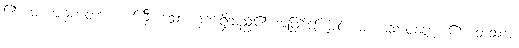
၏။ မဟာဂုဏတာယ၊ ကြီး သော ဂုဏ်ရှိသည်၏ အဖြစ်ကြောင့်။ မဟာသာဝဇ္ဇော၊ ၏။ တဿာ၊